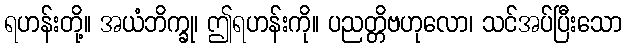
ရဟန်းတို့။ အယံဘိက္ခု၊ ဤရဟန်းကို။ ပညတ္တိဗဟုလော၊ သင်အပ်ပြီးသော